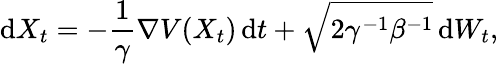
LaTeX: \mathrm{d}X_{t}=-\frac{1}{\gamma}\nabla V(X_{t})\, \mathrm{d}t+\sqrt{2\gamma^{-1}\beta^{-1}}\, \mathrm{d}W_{t},